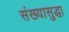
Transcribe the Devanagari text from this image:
संख्यासुद्धा